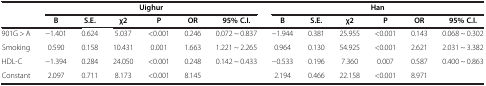
<table><thead><tr><td rowspan="2"><b> </b></td><td colspan="6"><b>Uighur</b></td><td colspan="6"><b>Han</b></td></tr><tr><td><b>B</b></td><td><b>S.E.</b></td><td><b>χ2</b></td><td><b>P</b></td><td><b>OR</b></td><td><b>95% C.I.</b></td><td><b>B</b></td><td><b>S.E.</b></td><td><b>χ2</b></td><td><b>P</b></td><td><b>OR</b></td><td><b>95% C.I.</b></td></tr></thead><tbody><tr><td>901G &gt; A</td><td>-1.401</td><td>0.624</td><td>5.037</td><td>&lt;0.001</td><td>0.246</td><td>0.072 ~ 0.837</td><td>-1.944</td><td>0.381</td><td>25.955</td><td>&lt;0.001</td><td>0.143</td><td>0.068 ~ 0.302</td></tr><tr><td>Smoking</td><td>0.590</td><td>0.158</td><td>10.431</td><td>0.001</td><td>1.663</td><td>1.221 ~ 2.265</td><td>0.964</td><td>0.130</td><td>54.925</td><td>&lt;0.001</td><td>2.621</td><td>2.031 ~ 3.382</td></tr><tr><td>HDL-C</td><td>-1.394</td><td>0.284</td><td>24.050</td><td>&lt;0.001</td><td>0.248</td><td>0.142 ~ 0.433</td><td>-0.533</td><td>0.196</td><td>7.360</td><td>0.007</td><td>0.587</td><td>0.400 ~ 0.863</td></tr><tr><td>Constant</td><td>2.097</td><td>0.711</td><td>8.173</td><td>&lt;0.001</td><td>8.145</td><td> </td><td>2.194</td><td>0.466</td><td>22.158</td><td>&lt;0.001</td><td>8.971</td><td> </td></tr></tbody></table>